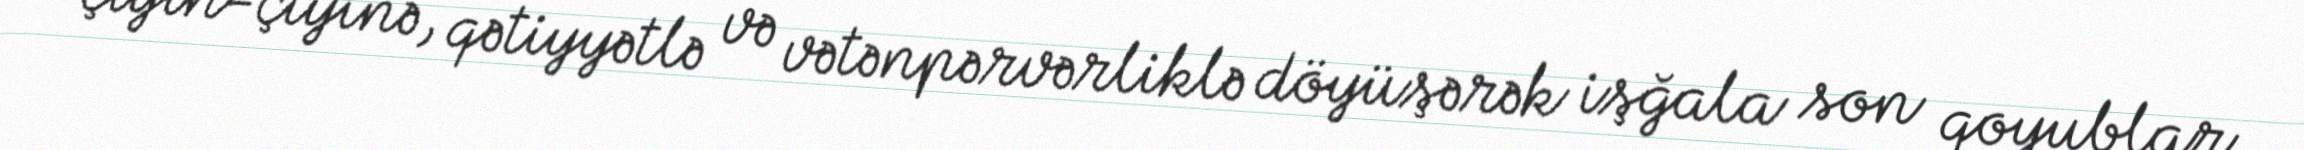
çiyin-çiyinə, qətiyyətlə və vətənpərvərliklə döyüşərək işğala son qoyublar.